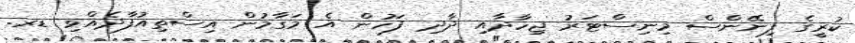
ކުރީގެ ފިނޭންސް މިނިސްޓަރު ޖިހާދާއި ދާދި ފަހުން އެ މަގާމުން އިސްތިއުފާދެއްވި ޑރ.